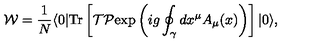
{ \cal W } = { \frac { 1 } { N } } \langle 0 | \mathrm { T r } \left[ { \cal T } { \cal P } \mathrm { e x p } \left( i g \oint _ { \gamma } d x ^ { \mu } A _ { \mu } ( x ) \right) \right] | 0 \rangle ,